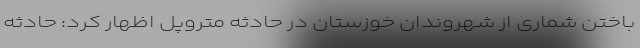
باختن شماری از شهروندان خوزستان در حادثه متروپل اظهار کرد: حادثه